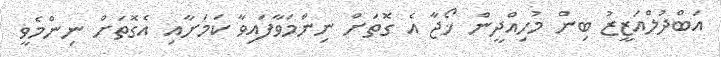
އަބްދުލްއަޒީޒު ބިން މުހިއްދީން ޚޯޖާ އެ ގޮތަށް ނިންމަވާފައިވާ ކަމަށާއި އެގޮތަށް ނިންމެވީ